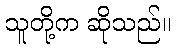
သူတို့က ဆိုသည်။